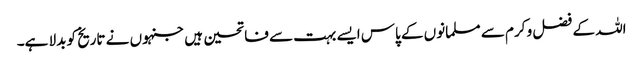
اللہ کے فضل و کرم سے مسلمانوں کے پاس ایسے بہت سے فاتحین ہیں جنہوں نے تاریخ کو بدلا ہے۔